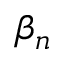
\beta _ { n }